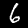
Label: 6